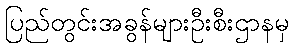
ပြည်တွင်းအခွန်များဦးစီးဌာနမှ